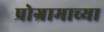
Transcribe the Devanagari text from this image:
प्रोग्रामाच्या